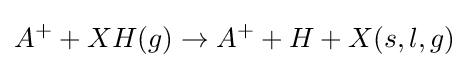
A^{+}+XH(g)\rightarrow A^{+}+H+X(s,l,g)